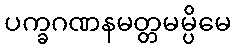
ပက္ခဂဏနမတ္တမမ္ပိမေ